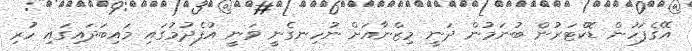
އޭގެފަހުން ޑޮކްޓަރުން ބުނަމުން ދަނީ މިޒްނާއަށް ނުހިނގެނީ ވަނީ އުފެދުމުގައި މައިބަދައިގައި ހުރި